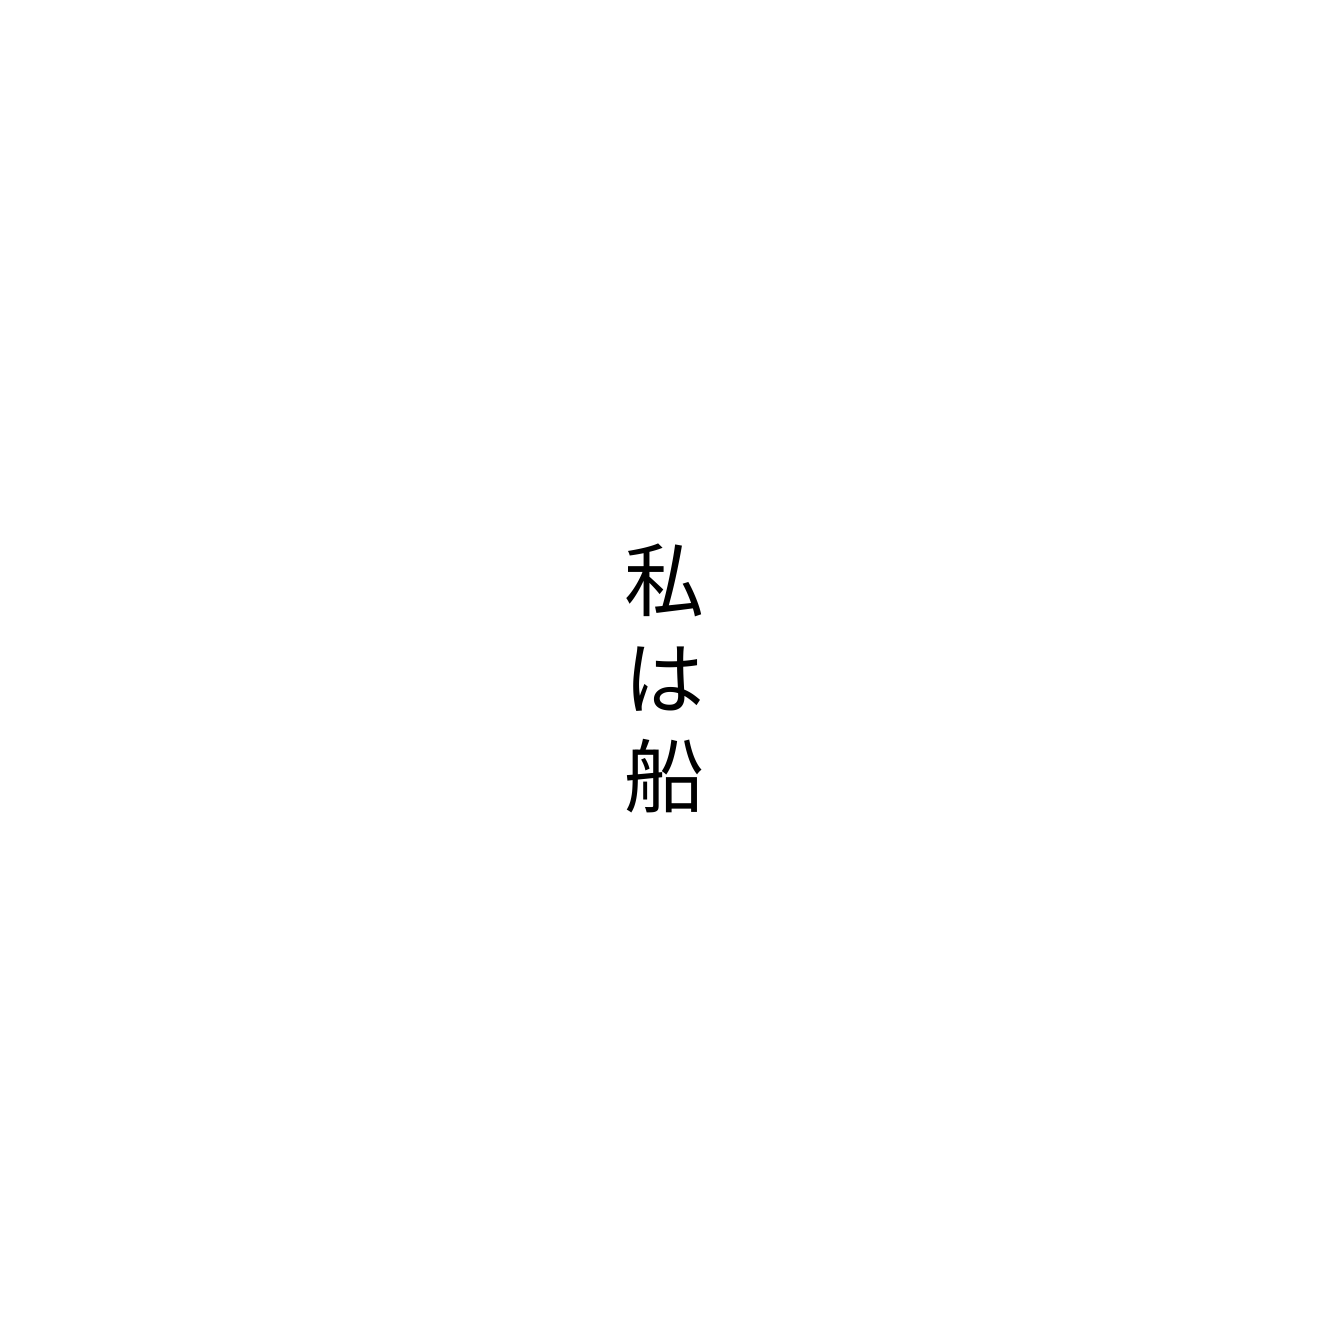
私は船